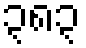
၃၈၃